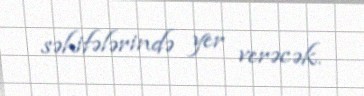
səhifələrində yer verəcək.